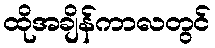
ထိုအချိန်ကာလတွင်